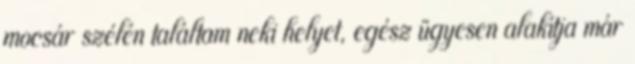
mocsár szélén találtam neki helyet, egész ügyesen alakítja már